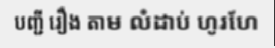
បញ្ជី រឿង តាម លំដាប់ ហូរហែ